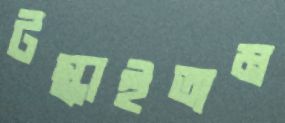
টস্‌কাইতাম